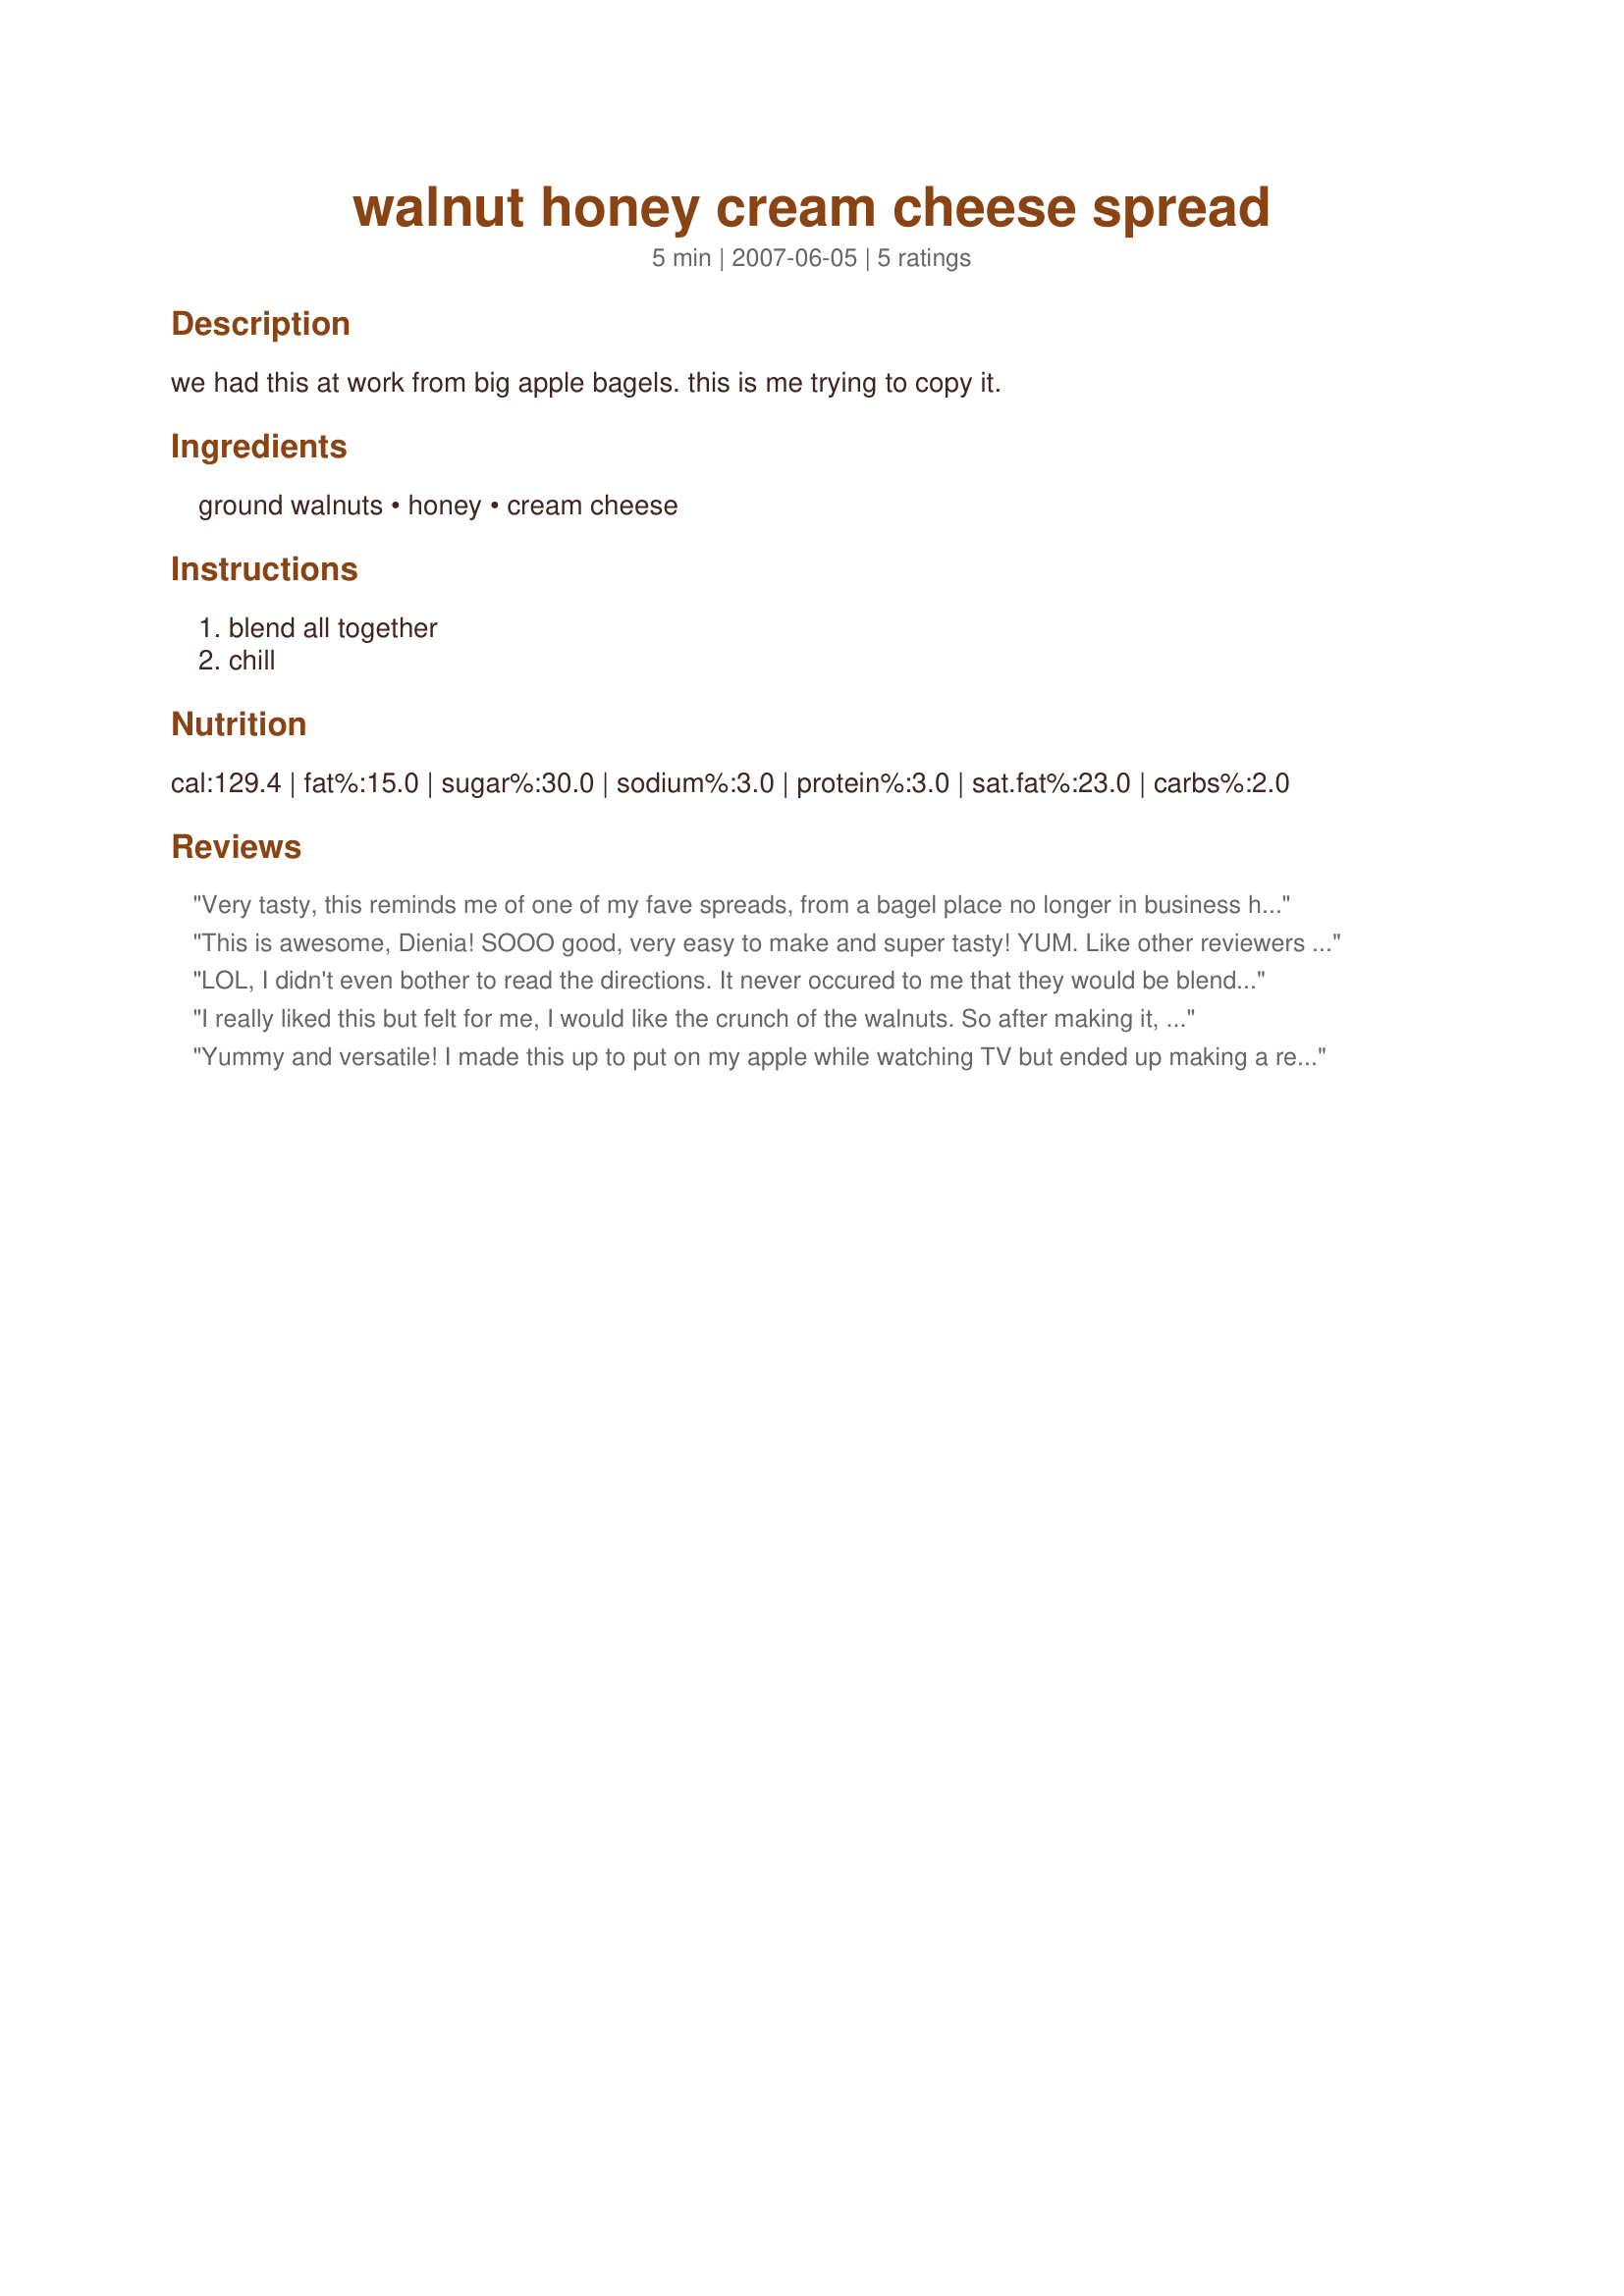
walnut honey cream cheese spread
Preparation time: 5 minutes

we had this at work from big apple bagels. this is me trying to copy it.

Ingredients:
ground walnuts, honey, cream cheese

Steps:
blend all together, chill

Reviews:
Very tasty, this reminds me of one of my fave spreads, from a bagel place no longer in business here. I did reduce this by half, for my rather small household. Really, very good! DH was very generous with his on a bagel, but, I've used it on a cinnamon swirl bread, with great results also! Thanks for a sharing a keeper of a recipe, Dienia B.!
This is awesome, Dienia! SOOO good, very easy to make and super tasty! YUM. Like other reviewers I simply stirred this together using coarsely chopped nuts and that was perfect.<br/>THANK YOU SO MUCH for sharing this keeper with us!<br/>Made and reviewed for 1-2-3-Hit Wonders October 2011.
LOL, I didn't even bother to read the directions. It never occured to me that they would be blended!. I just softened the cheese a bit, squirted in some honey chopped a few walnuts and added a few drops of vanilla. Yummm! I used some to dress up one of this mornings scones.
I really liked this but felt for me, I would like the crunch of the walnuts. So after making it, I added some in. I did cut the recipe in half, and fast it was all gone! I know one thing, it makes you not want plain cream cheese on your bagels again. Thank you Dienia! Made for ZWT3 by a fellow Floozie- Remembering Amy!
Yummy and versatile! I made this up to put on my apple while watching TV but ended up making a really yummy sandwich using a hearty whole grain bread, apple and this tasty spread mmm mmm mmm. I made this as written and cannot wait to try it on my morning bagel. Thanks for the post.
